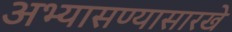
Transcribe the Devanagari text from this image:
अभ्यासण्यासारखे